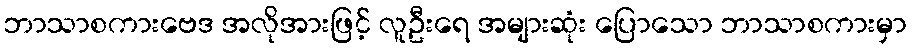
ဘာသာစကားဗေဒ အလိုအားဖြင့် လူဦးရေ အများဆုံး ပြောသော ဘာသာစကားမှာ